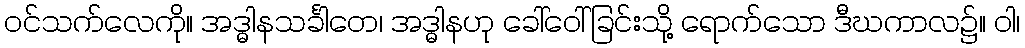
ဝင်သက်လေကို။ အဒ္ဓါနသင်္ခါတေ၊ အဒ္ဓါနဟု ခေါ်ဝေါ်ခြင်းသို့ ရောက်သော ဒီဃကာလ၌။ ဝါ၊